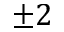
\pm 2